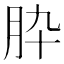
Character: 𦙈